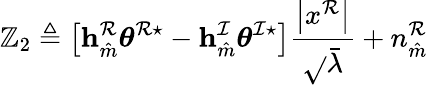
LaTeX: \mathbb{Z}_{2}\triangleq\left[\mathbf{{h}}_{\hat{{m}}}^{\mathcal{{R}}}\boldsymbol{\theta}^{\mathcal{{R}}\star}-\mathbf{{h}}_{\hat{{m}}}^{\mathcal{{I}}}\boldsymbol{\theta}^{\mathcal{{I}}\star}\right]\frac{{\left|x^{\mathcal{{R}}}\right|}}{{\sqrt{}{{\bar{{\lambda}}}}}}+n_{\hat{{m}}}^{\mathcal{{R}}}